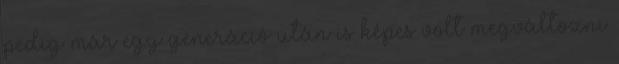
pedig már egy generáció után is képes volt megváltozni